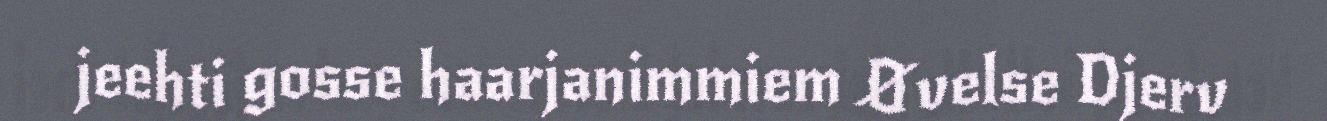
jeehti gosse haarjanimmiem Øvelse Djerv